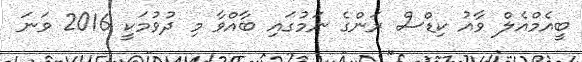
ބީއެމްއެލް ވާއު ކިޑްސް ރަންގެ ނަމުގައި ބާއްވާ މި ދުވުމަކީ 2016 ވަނަ